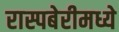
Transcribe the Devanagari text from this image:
रास्पबेरीमध्ये